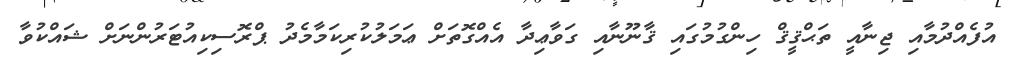
އުފެއްދުމާއި ޖިނާއީ ތަޙްޤީޤް ހިންގުމުގައި ޤާނޫނާއި ގަވާޢިދާ އެއްގޮތަށް ޢަމަލުކުރިކަމާމެދު ޕްރޮސިކިއުޓަރުންނަށް ޝައްކުވާ